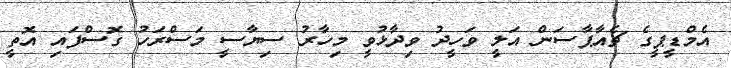
އެމްޑީޕީގެ ޗެއާޕާސަން އަލީ ވަހީދު ވިދާޅުވީ މިހާރު ސިޔާސީ މަސްރަހު ގޮސްފައި އޮތީ